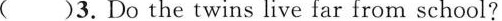
( )3.Do the twins live far from school?